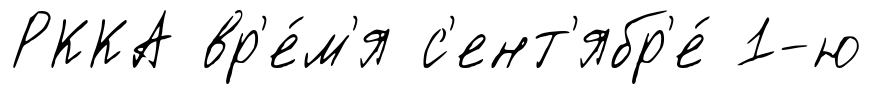
РККА вр'е́м'я с'ент'ябр'е́ 1-ю